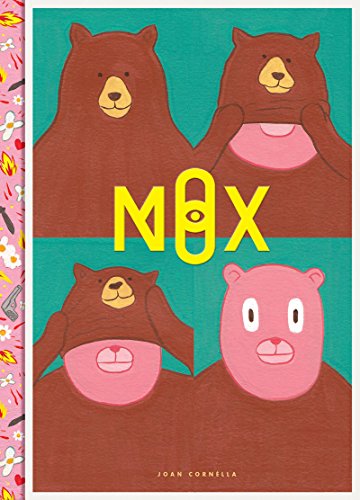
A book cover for Mox Nox; Joan CornellÃ ; Comics & Graphic Novels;